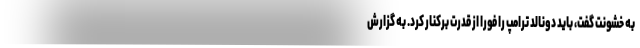
به خشونت گفت، باید دونالد ترامپ را فورا از قدرت برکنار کرد. به گزارش